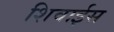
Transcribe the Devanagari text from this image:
शिवाईस